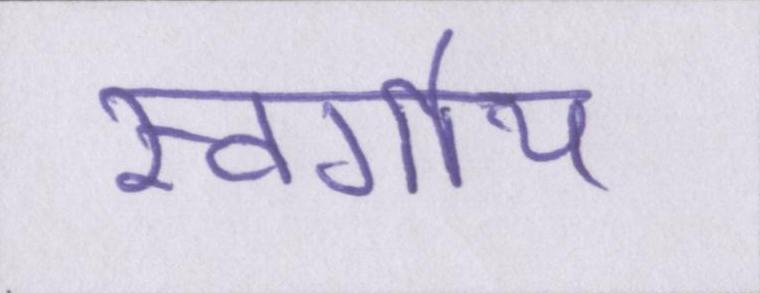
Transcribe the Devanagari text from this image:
स्वर्गीय